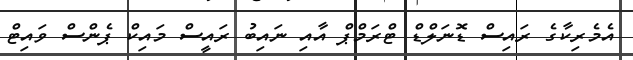
އެމެރިކާގެ ރައިސް ޑޮނަލްޑް ޓްރަމްޕް އާއި ނައިބު ރައީސް މައިކް ޕެންސް ވައިޓް